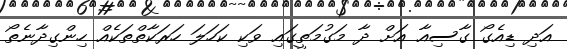
އަދި ޑިއެގޯ ގާސިއާ އަށް ދާ މަގުމަތީގައި ވަކި ކަހަލަ ހަރަކާތްތަކެއް ހިންގިދާނެތޯ